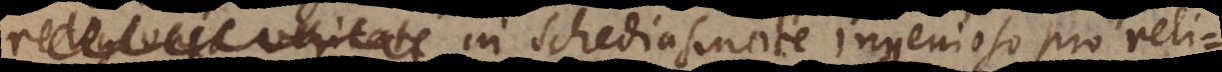
gionis veritate in Schediasmate ingenioso pro reli